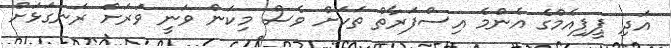
އަދި ޕީޕިއެމްގެ އެންމެ އިސްފަރާތް ތަކަށް ވެސް މިކަން ވަނީ ވަރަށް ރަނގަޅަށް